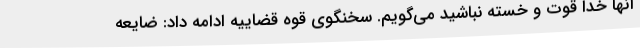
آنها خدا قوت و خسته نباشید می‌گویم. سخنگوی قوه قضاییه ادامه داد: ضایعه